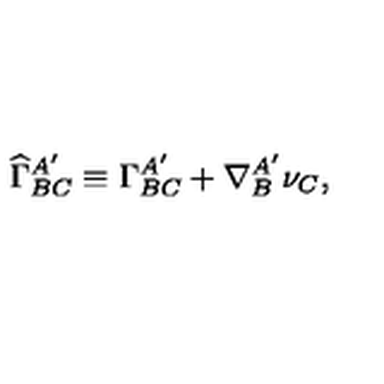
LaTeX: { \widehat \Gamma } _ { B C } ^ { A ^ { \prime } } \equiv \Gamma _ { B C } ^ { A ^ { \prime } } + \nabla _ { B } ^ { A ^ { \prime } } \nu _ { C } ,